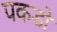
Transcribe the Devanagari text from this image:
पकडो